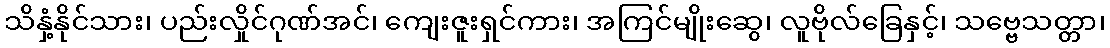
သိနှံ့နိုင်သား၊ ပည်းလှိုင်ဂုဏ်အင်၊ ကျေးဇူးရှင်ကား၊ အကြင်မျိုးဆွေ၊ လူဗိုလ်ခြေနှင့်၊ သဗ္ဗေသတ္တာ၊